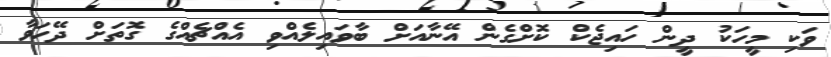
ވަކި މީހަކު ދީން ހައިޖެކް ކޮށްގެން އޭނާއަށް ބާވައިލެއްވި އެއްޗެއްގެ ގޮތަށް ދޭހަވާ